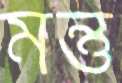
মন্তু